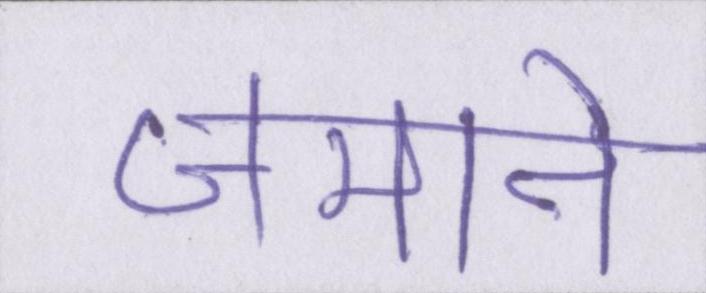
जमाने